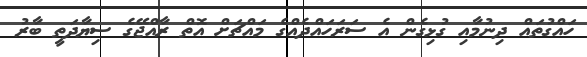
ހައްގުތައް ދިނުމާއި ގުޅިގެން އެ ސަރަހައްދެއްގެ މައްޗަށް އޮތް ރާއްޖޭގެ ސިޔާދަތީ ބާރު